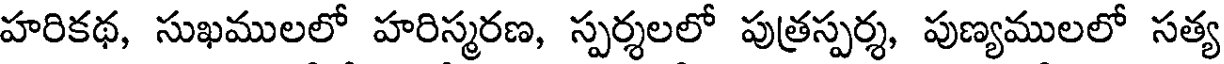
హరికథ, సుఖములలో హరిస్మరణ, స్పర్శలలో పుత్రస్పర్శ, పుణ్యములలో సత్య